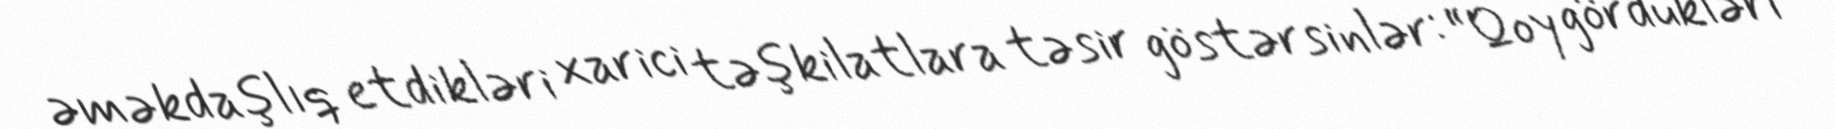
əməkdaşlıq etdikləri xarici təşkilatlara təsir göstərsinlər: “Qoy gördükləri